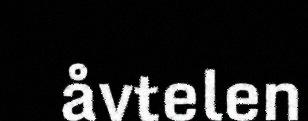
åvtelen